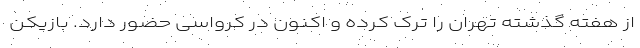
از هفته گذشته تهران را ترک کرده و اکنون در کرواسی حضور دارد. بازیکن